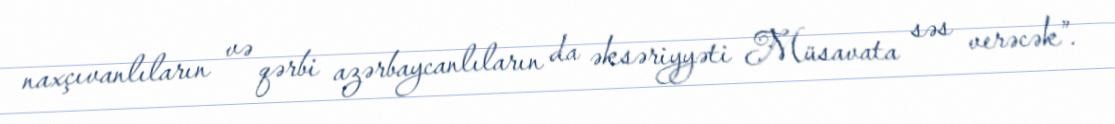
naxçıvanlıların və qərbi azərbaycanlıların da əksəriyyəti Müsavata səs verəcək”.